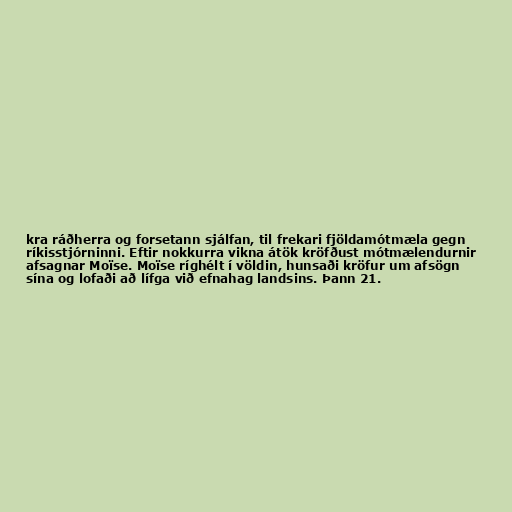
kra ráðherra og forsetann sjálfan, til frekari fjöldamótmæla gegn
ríkisstjórninni. Eftir nokkurra vikna átök kröfðust mótmælendurnir
afsagnar Moïse. Moïse ríghélt í völdin, hunsaði kröfur um afsögn
sína og lofaði að lífga við efnahag landsins. Þann 21.